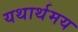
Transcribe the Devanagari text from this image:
यथार्थमय